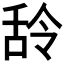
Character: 𮍶